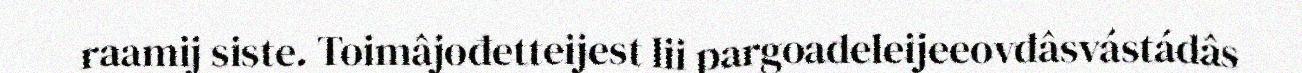
raamij siste. Toimâjođetteijest lii pargoadeleijeeovdâsvástádâs